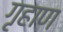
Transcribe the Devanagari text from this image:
गृहाण